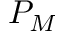
P _ { M }